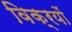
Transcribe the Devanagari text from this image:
विक्रयों